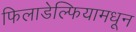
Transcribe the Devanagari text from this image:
फिलाडेल्फियामधून